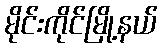
မိုင်းကိုင်မြို့နယ်